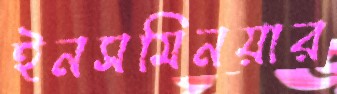
ইনসমিনয়ার